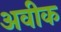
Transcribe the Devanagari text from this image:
अवीक